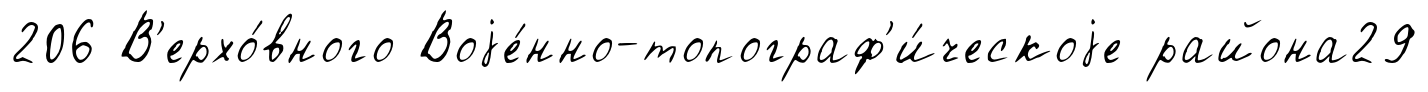
206 В'ерхо́вного Воjе́нно-топограф'и́ческоjе района29